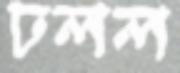
ঢলল